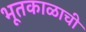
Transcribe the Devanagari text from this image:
भूतकाळाची